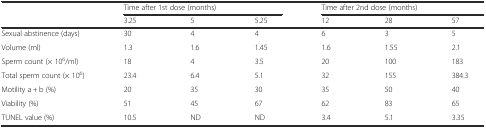
<table><thead><tr><td rowspan="2"></td><td colspan="3"><b>Time after 1st dose (months)</b></td><td colspan="3"><b>Time after 2nd dose (months)</b></td></tr><tr><td><b>3.25</b></td><td><b>5</b></td><td><b>5.25</b></td><td><b>12</b></td><td><b>28</b></td><td><b>57</b></td></tr></thead><tbody><tr><td>Sexual abstinence (days)</td><td>30</td><td>4</td><td>4</td><td>6</td><td>3</td><td>5</td></tr><tr><td>Volume (ml)</td><td>1.3</td><td>1.6</td><td>1.45</td><td>1.6</td><td>1.55</td><td>2.1</td></tr><tr><td>Sperm count (× 10<sup>6</sup>/ml)</td><td>18</td><td>4</td><td>3.5</td><td>20</td><td>100</td><td>183</td></tr><tr><td>Total sperm count (× 10<sup>6</sup>)</td><td>23.4</td><td>6.4</td><td>5.1</td><td>32</td><td>155</td><td>384.3</td></tr><tr><td>Motility a + b (%)</td><td>20</td><td>35</td><td>30</td><td>35</td><td>50</td><td>40</td></tr><tr><td>Viability (%)</td><td>51</td><td>45</td><td>67</td><td>62</td><td>83</td><td>65</td></tr><tr><td>TUNEL value (%)</td><td>10.5</td><td>ND</td><td>ND</td><td>3.4</td><td>5.1</td><td>3.35</td></tr></tbody></table>